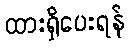
ထားရှိပေးရန်